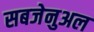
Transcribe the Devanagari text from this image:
सबजेनुअल